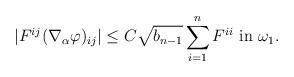
LaTeX: \begin{align*}|F^{ij} (\nabla_\alpha \varphi)_{ij}| \leq C \sqrt{b_{n-1}} \sum_{i=1}^n F^{ii} \mbox{ in } \omega_1.\end{align*}